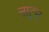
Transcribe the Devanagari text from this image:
नाट्रन